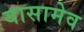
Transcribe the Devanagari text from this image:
यासामेव